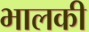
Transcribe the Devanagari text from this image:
भालकी